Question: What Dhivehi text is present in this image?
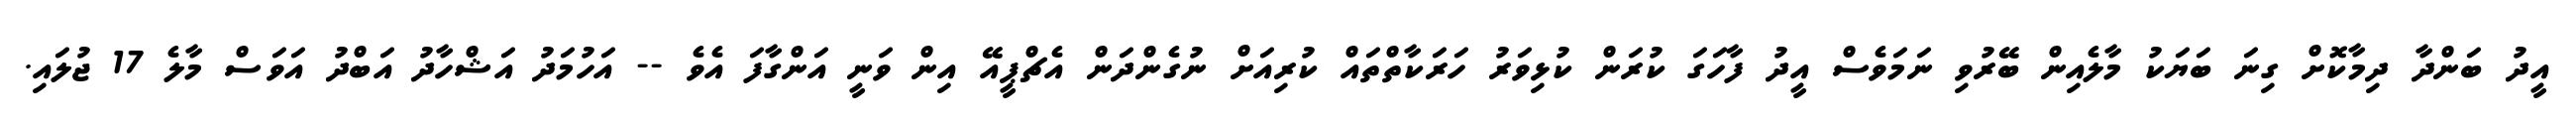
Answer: އީދު ބަންދާ ދިމާކޮށް ގިނަ ބަޔަކު މާލެއިން ބޭރުވި ނަމަވެސް އީދު ފާހަގަ ކުރަން ކުޅިވަރު ހަރަކާތްތައް ކުރިއަށް ނުގެންދަން އެޗްޕީއޭ އިން ވަނީ އަންގާފަ އެވެ -- އަހުމަދު އަޝްހާދު އަބްދު އަވަސް މާލެ 17 ޖުލައި.